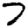
Digit: 7